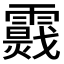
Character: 𩆉